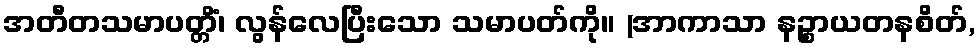
အတီတသမာပတ္တိံ၊ လွန်လေပြီးသော သမာပတ်ကို။ (အာကာသာ နဉ္စာယတနစိတ်,